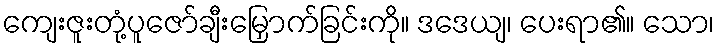
ကျေးဇူးတုံ့ပူဇော်ချီးမြှောက်ခြင်းကို။ ဒဒေယျ၊ ပေးရာ၏။ သော၊